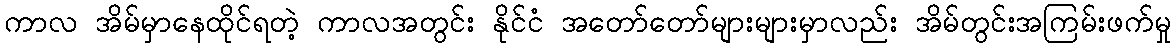
ကာလ အိမ်မှာနေထိုင်ရတဲ့ ကာလအတွင်း နိုင်ငံ အတော်တော်များများမှာလည်း အိမ်တွင်းအကြမ်းဖက်မှု